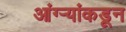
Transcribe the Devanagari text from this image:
आंग्र्‍यांकडून